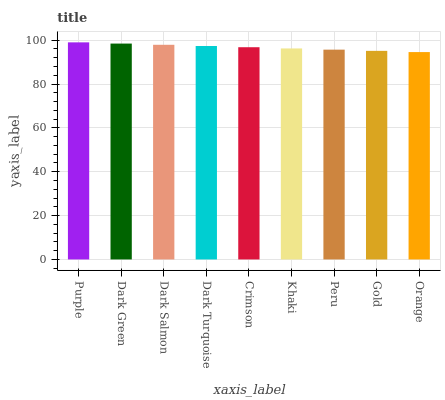
| xaxis_label | bars |
 | --- | --- |
 | Purple | 99 |
 | Dark Green | 98.4 |
 | Dark Salmon | 97.9 |
 | Dark Turquoise | 97.3 |
 | Crimson | 96.8 |
 | Khaki | 96.2 |
 | Peru | 95.7 |
 | Gold | 95.1 |
 | Orange | 94.6 |